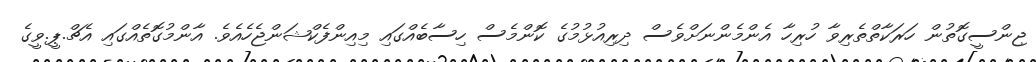
ޖިންސީގޮތުން ހަރަކާތްތެރިވާ ހުރިހާ އެންމެންނަށްވެސް ދިރިއުޅުމުގެ ކޮންމެސް ހިސާބެއްގައި މިއިންފެކްޝަންޖެހެއެވެ. އާންމުގޮތެއްގައި އެޗް.ޕީ.ވީގެ